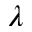
\lambda